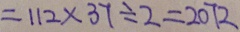
= 1 1 2 \times 3 7 \div 2 = 2 0 7 2